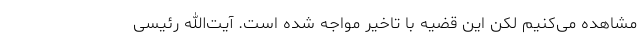
مشاهده می‌کنیم لکن این قضیه با تاخیر مواجه شده است. آیت‌الله رئیسی